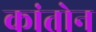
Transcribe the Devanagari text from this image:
कांतोन